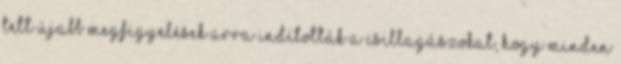
tett újabb megfigyelések arra indították a csillagászokat, hogy minden